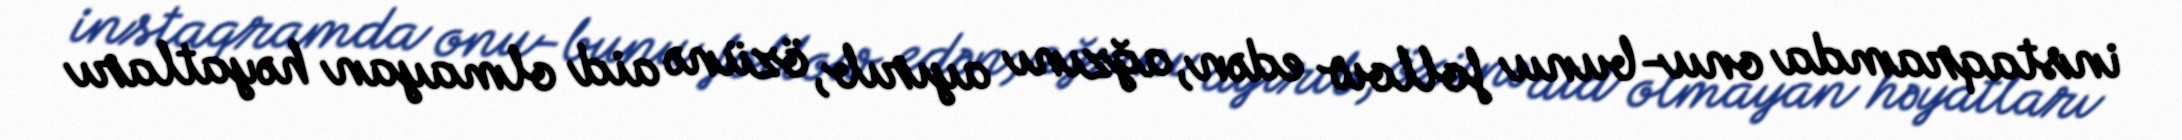
instaqramda onu-bunu follow edən, ağzını ayırıb, özünə aid olmayan həyatları